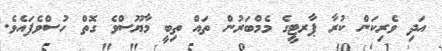
އަދި ވެރިކަން ކުރާ ޕާރޓީގެ މެމްބަރުން ތައް ތިބީ މާޔޫސްވެ ގޮތް ހުސްވެފައެވެ.